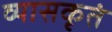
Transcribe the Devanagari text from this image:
व्यासकृतं